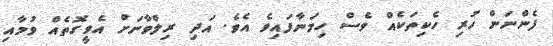
ފެންނަން ހުރި ހެކިތަކެއް ވެސް ހިމަނާފައިވެ އެވެ. އަދި ރިލްވާނަށް އެވީގޮތެއް ވުމާއި